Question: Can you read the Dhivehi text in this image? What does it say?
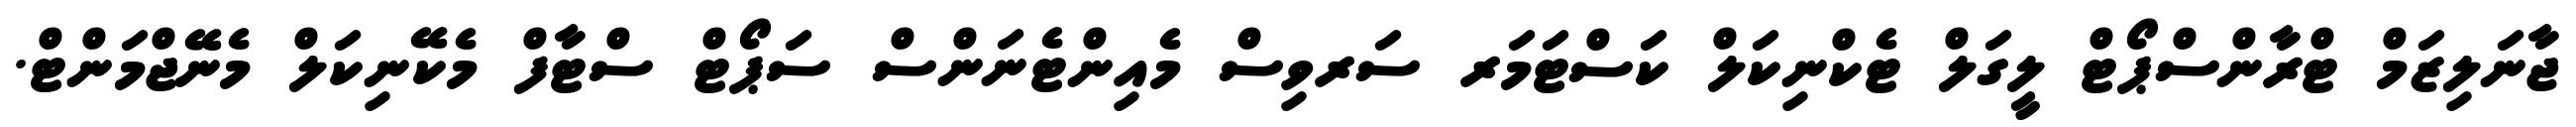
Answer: ޖާނަލިޒަމް ޓްރާންސްޕޯޓް ލީގަލް ޓެކްނިކަލް ކަސްޓަމަރ ސަރވިސް މެއިންޓެނަންސް ސަޕޯޓް ސްޓާފް މެކޭނިކަލް މެނޭޖްމަންޓް.